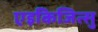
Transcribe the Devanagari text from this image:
एइकिजित्सु